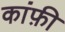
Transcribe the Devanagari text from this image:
कांफ़ी